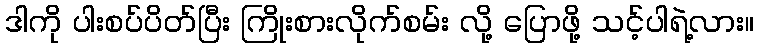
ဒါကို ပါးစပ်ပိတ်ပြီး ကြိုးစားလိုက်စမ်း လို့ ပြောဖို့ သင့်ပါရဲ့လား။